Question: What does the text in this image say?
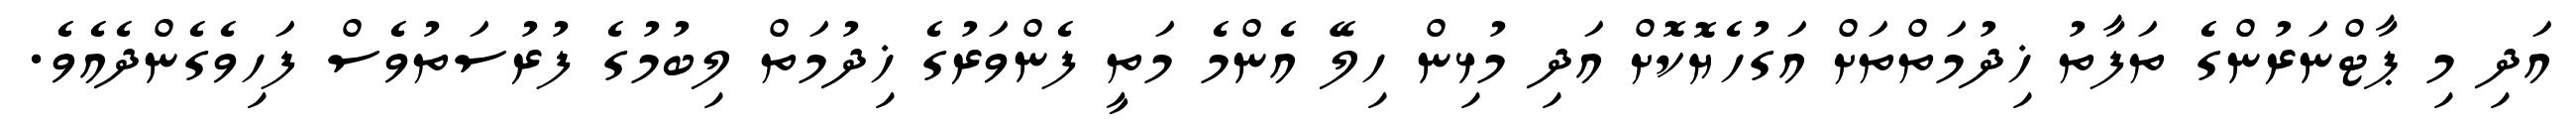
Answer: އަދި މި ޕާޓްނަރުންގެ ތަފާތު ޚިދުމަތްތަށް އަގުހެޔޮކޮށް އަދި މުޅިން ހިލޭ އެންމެ މަތީ ފެންވަރުގެ ޚިދުމަތް ލިބުމުގެ ފުރުސަތުވެސް ފަހިވެގެންދެއެވެ.